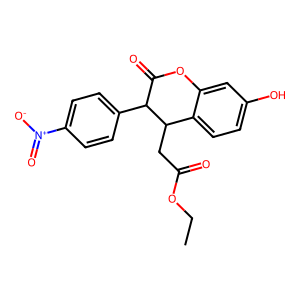
SMILES: CCOC(=O)CC1c2ccc(O)cc2OC(=O)C1c1ccc([N+](=O)[O-])cc1
Inhibits HIV replication: No